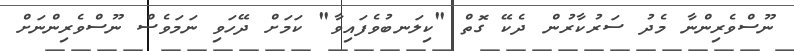
ނޫސްވެރިންނާ މެދު ސަރުކާރުން ދެކޭ ގޮތް "ކިލަނބުވެފައިވާ" ކަމަށް ދޭހަވި ނަމަވެސް ނޫސްވެރިންނަށް